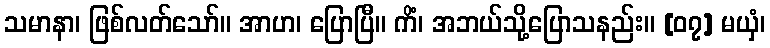
သမာနာ၊ ဖြစ်လတ်သော်။ အာဟ၊ ပြောပြီ။ ကိံ၊ အဘယ်သို့ပြောသနည်း။ [၀၇] မယှံ၊